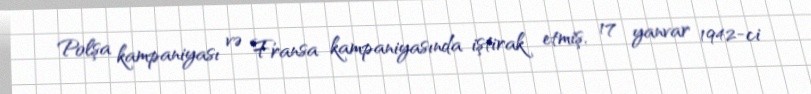
Polşa kampaniyası və Fransa kampaniyasında iştirak etmiş, 17 yanvar 1942-ci